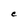
Character: C